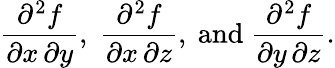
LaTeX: {\frac{\partial^{2}f}{\partial x\, \partial y}},\; {\frac{\partial^{2}f}{\partial x\, \partial z}},{\mathrm{~and~}}{\frac{\partial^{2}f}{\partial y\, \partial z}}.